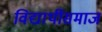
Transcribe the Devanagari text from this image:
विद्यार्थीसमाज